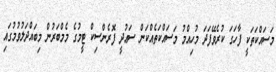
މަސައްކަތަކީ ފާހަގަ ކުރެވޭފަދަ މުހިއްމު މަސައްކަތެއްކަން ސަޢުދީ ފޮރެންސިކް ޓީމުގެ މެމްބަރުން މިބައްދަލުވުމުގައި